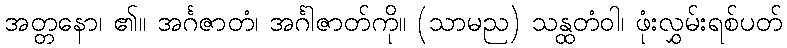
အတ္တနော၊ ၏။ အင်္ဂဇာတံ၊ အင်္ဂါဇာတ်ကို။ (သာမည) သန္ထတံဝါ၊ ဖုံးလွှမ်းရစ်ပတ်